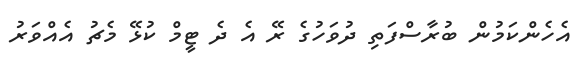
އެހެންކަމުން ބުރާސްފަތި ދުވަހުގެ ރޭ އެ ދެ ޓީމް ކުޅޭ މެޗު އެއްވަރު